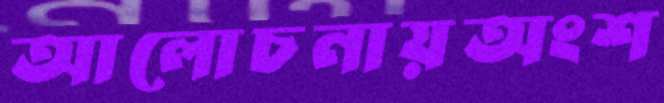
আলোচনায়অংশ